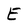
Character: E